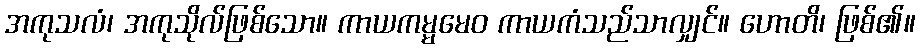
အကုသလံ၊ အကုသိုလ်ဖြစ်သော။ ကာယကမ္မမေဝ ကာယကံသည်သာလျှင်။ ဟောတိ၊ ဖြစ်၏။